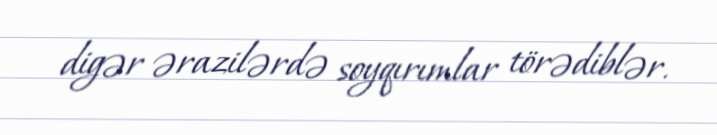
digər ərazilərdə soyqırımlar törədiblər.